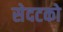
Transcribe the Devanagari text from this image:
सेदटको